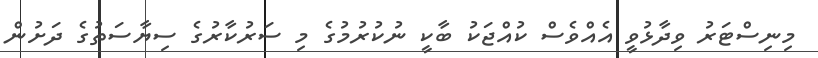
މިނިސްޓަރު ވިދާޅުވީ އެއްވެސް ކުއްޖަކު ބާކީ ނުކުރުމުގެ މި ސަރުކާރުގެ ސިޔާސަތުގެ ދަށުން